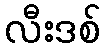
လီးဒစ်